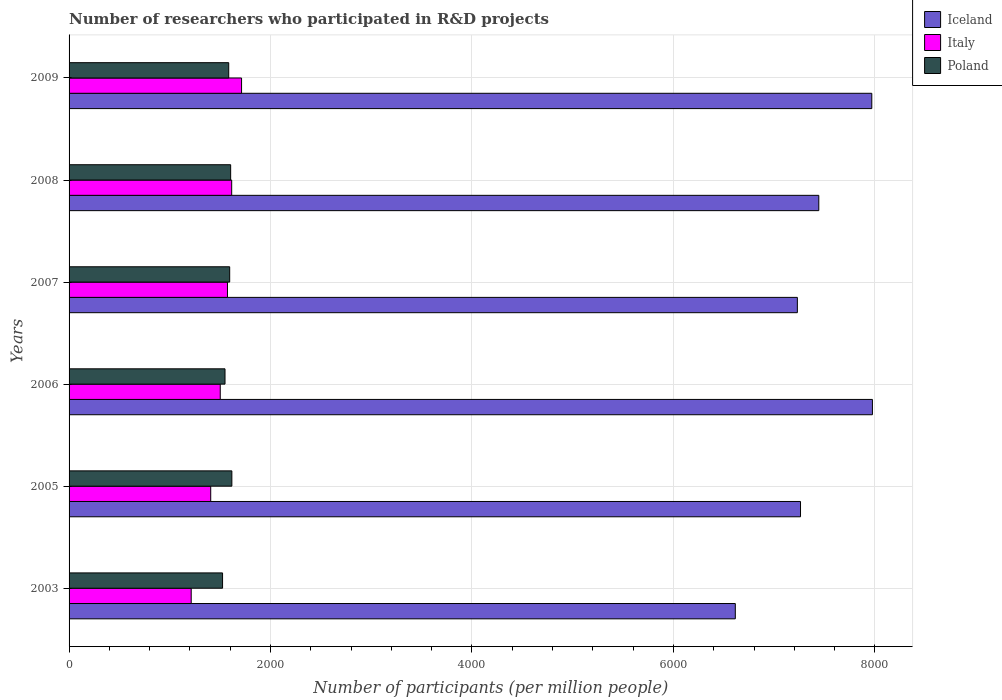
| Years | Iceland | Italy | Poland |
 | --- | --- | --- | --- |
 | 2003 | 6.61e+03 | 1.21e+03 | 1.52e+03 |
 | 2005 | 7.26e+03 | 1.41e+03 | 1.62e+03 |
 | 2006 | 7.98e+03 | 1.5e+03 | 1.55e+03 |
 | 2007 | 7.23e+03 | 1.57e+03 | 1.59e+03 |
 | 2008 | 7.44e+03 | 1.61e+03 | 1.6e+03 |
 | 2009 | 7.97e+03 | 1.71e+03 | 1.59e+03 |